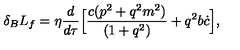
\delta _ { B } L _ { f } = \eta \frac { d } { d \tau } \Bigl [ \frac { c ( p ^ { 2 } + q ^ { 2 } m ^ { 2 } ) } { ( 1 + q ^ { 2 } ) } + q ^ { 2 } b \dot { c } \Bigr ] ,